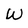
Character: W